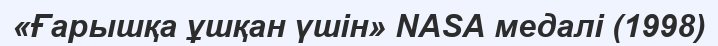
«Ғарышқа ұшқан үшін» NASA медалі (1998)